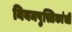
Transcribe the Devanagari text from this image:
नियमपुस्तिकांची